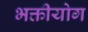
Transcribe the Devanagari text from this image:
भक्तीयोग